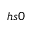
h s 0